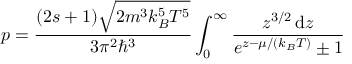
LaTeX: p = { \frac { ( 2 s + 1 ) { \sqrt { 2 m ^ { 3 } k _ { B } ^ { 5 } T ^ { 5 } } } } { 3 \pi ^ { 2 } \hbar ^ { 3 } } } \int _ { 0 } ^ { \infty } { \frac { z ^ { 3 / 2 } \, \mathrm { d } z } { e ^ { z - \mu / ( k _ { B } T ) } \pm 1 } }